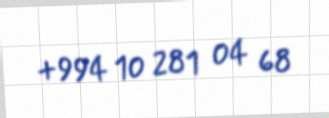
+994 10 281 04 68